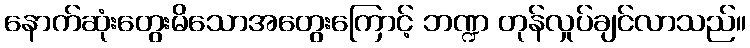
နောက်ဆုံးတွေးမိသောအတွေးကြောင့် ဘဏ္ဍ တုန်လှုပ်ချင်လာသည်။